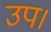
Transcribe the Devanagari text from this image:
उप।